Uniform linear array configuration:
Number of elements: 16
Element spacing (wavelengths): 1
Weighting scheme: binomial
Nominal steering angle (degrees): -15
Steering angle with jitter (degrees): -13.345
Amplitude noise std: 0.05
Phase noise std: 0.05

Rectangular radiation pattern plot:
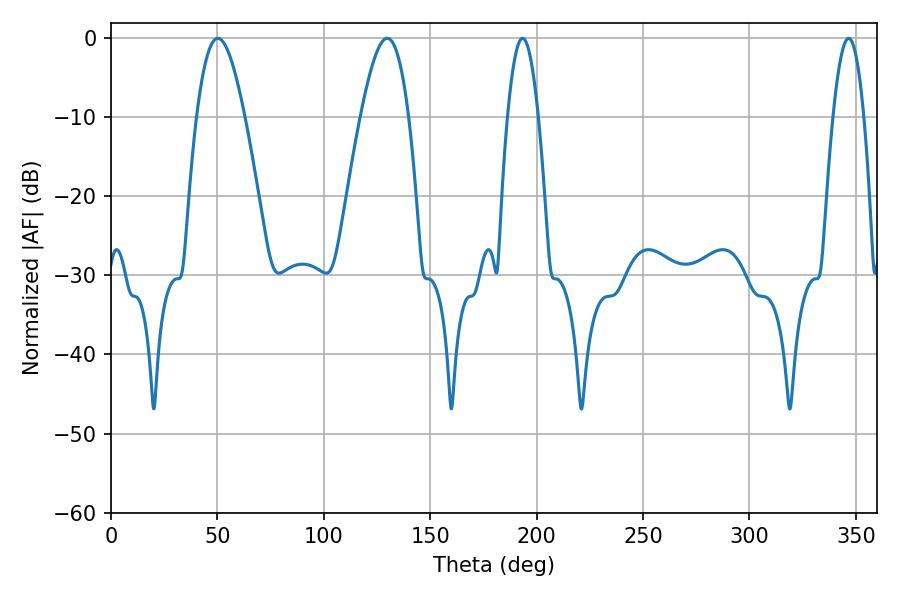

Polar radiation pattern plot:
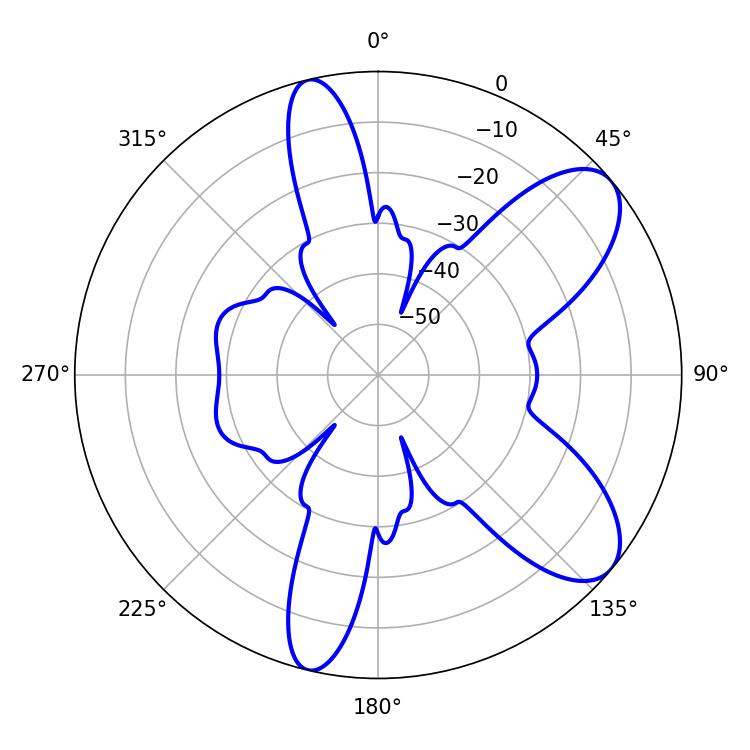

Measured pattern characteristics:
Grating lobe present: TRUE
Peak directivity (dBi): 8.419
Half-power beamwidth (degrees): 12.24
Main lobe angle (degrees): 129.78